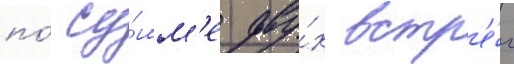
по́ су́мм'е дву́х встр'е́ч